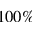
1 0 0 \%